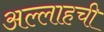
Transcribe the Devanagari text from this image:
अल्लाहची